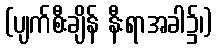
(ပျက်စီးချိန် နီးရာအခါ၌၊)